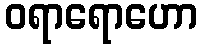
ဝရာရောဟော